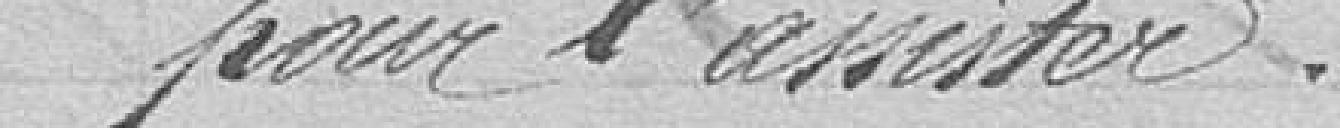
pour l'assister.